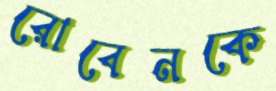
রোবেনকে